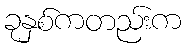
ခုနှစ်ကတည်းက